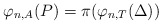
\begin{align*}\varphi_{n, A}(P) = \pi(\varphi_{n, T}(\Delta))\end{align*}